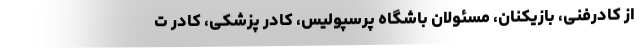
از کادرفنی، بازیکنان، مسئولان باشگاه پرسپولیس، کادر پزشکی، کادر ت